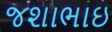
જશાભાઇ